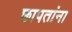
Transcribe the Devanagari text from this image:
छापतांना